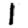
Digit: 1